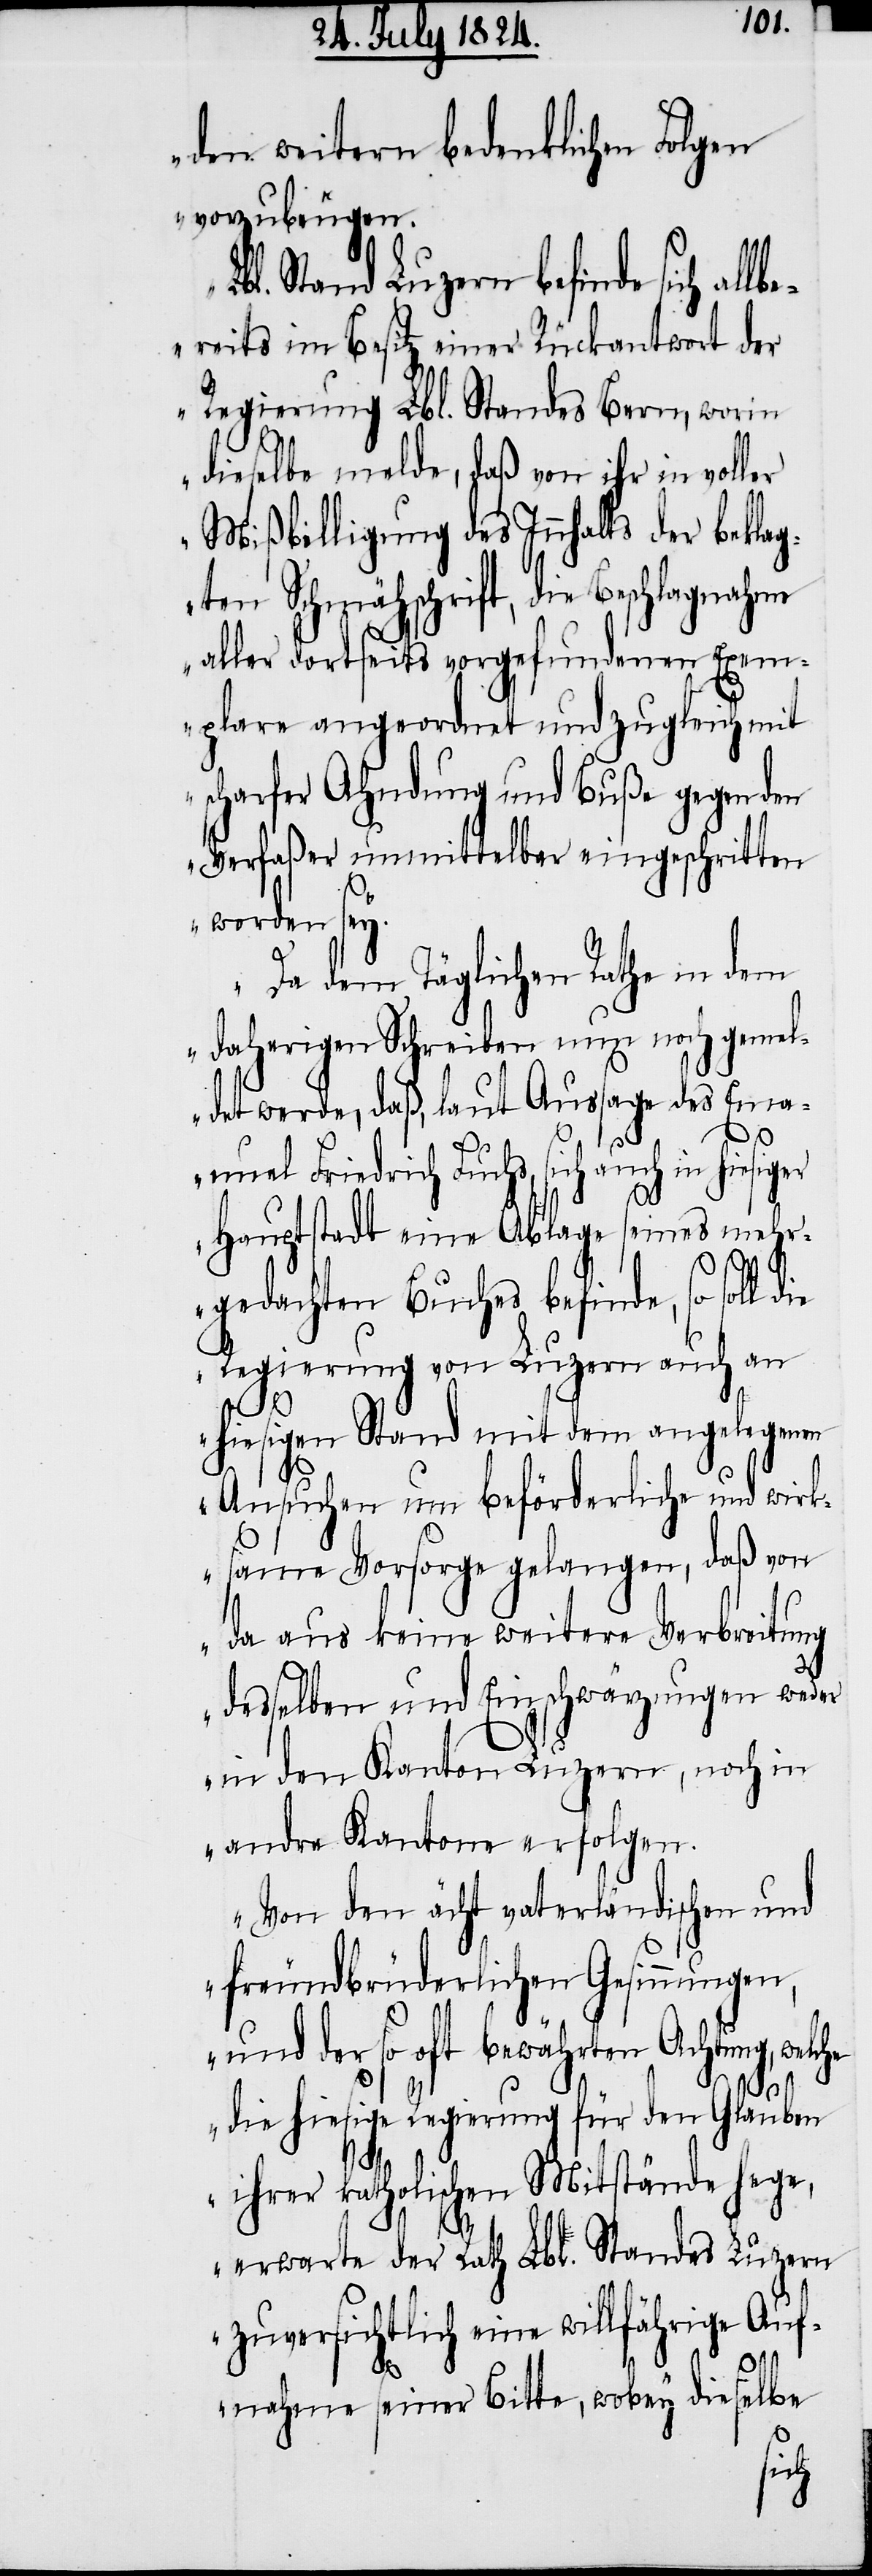
den weitern bedenklichen Folgen
vorzubeugen.
Lbl. Stand Luzern befinde sich allb¬
ereits im Besitz einer Rückantwort der
Regierung Lbl. Standes Bern, worin
dieselbe melde, daß von ihr in voller
Mißbilligung des Innhalts der beklag¬
ten Schmähschrift, die Beschlagnahme
aller dortseits vorgefundenen Exem¬
plare angeordnet und zugleich mit
scharfer Ahndung und Buße gegen den
Verfaßer unmittelbar eingeschritten
worden sey.
Da dem Täglichen Rathe in dem
daherigen Schreiben um noch gemel¬
det werde, daß, laut Aussage des Ema¬
nuel Friedrich Fuchs, sich auch in hiesiger
Hauptstadt eine Ablage seines mehr¬
gedachten Buches befinde, so soll
Regierung von Luzern auch an
he
hiesigen Stand mit dem angelegenen
Ansuchen um beförderliche und wirk¬
same Vorsorge gelangen, daß von
da aus keine weitere Verbreitung
desselben und Einschränkungen weder
in den Kanton Luzern, noch in
andre Kantone erfolgen.
Von den ächt vaterländischen und
freundbrüderlichen Gesinnungen,
und der so oft bewährten Achtung, welc¬
die hiesige Regierung für den Glauben
ihrer katholischen Mitstände hege,
erwarte der Rath Lbl. Standes Luzern
zuversichtlich eine willfährige Auf¬
nahme seiner Bitte, wobey dieselbe